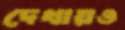
দেখায়ও